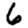
Digit: 6